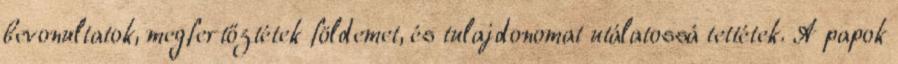
bevonultatok, megfertőztétek földemet, és tulajdonomat utálatossá tettétek. A papok